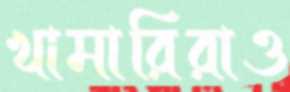
খামারিরাও